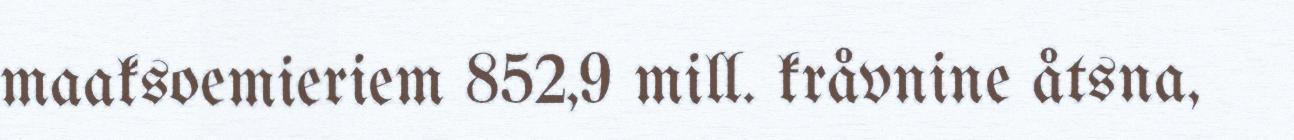
maaksoemieriem 852,9 mill. kråvnine åtsna,